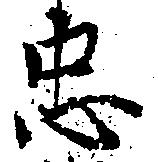
忠